Civil Veterinary Dept. Bombay admin report 1914-1922 - 1914-1922
Year: 1914
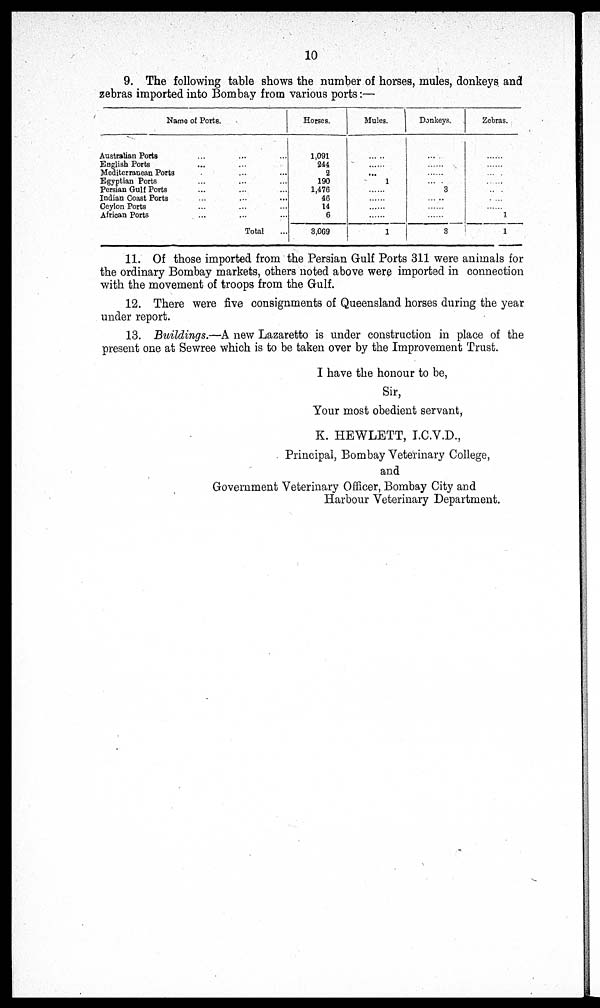
10
9. The following table shows the number of horses, mules, donkeys and
zebras imported into Bombay from various ports:—
Name of Ports.
Australian Ports ... ... ...
English Ports ... ...
Mediterranean Ports ... ... ...
Egyptian Ports ... ... ...
Persian Gulf Ports ... ... ...
Indian Coast Ports ... ... ...
Ceylon Ports ... ... ...
African Ports ... ... ...
Total ...
Horses.
1,091
244
2
190
1,476
46
14
6
3,069
Mules.
......
......
......
1
......
......
......
......
1
Donkeys.
......
......
......
......
3
......
......
......
3
Zebras.
......
......
......
......
......
......
......
1
1
11. Of those imported from the Persian Gulf Ports 311 were animals for
the ordinary Bombay markets, others noted above were imported in connection
with the movement of troops from the Gulf.
12. There were five consignments of Queensland, horses during the year
under report.
13. Buildings.—A new Lazaretto is under construction in place of the
present one at Sewree which is to be taken over by the Improvement Trust.
I have the honour to be,
Sir,
Your most obedient servant,
K. HEWLETT, I.C.V.D.,
Principal, Bombay Veterinary College,
and
Government Veterinary Officer, Bombay City and
Harbour Veterinary Department.